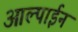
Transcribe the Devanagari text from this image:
आल्पाईन